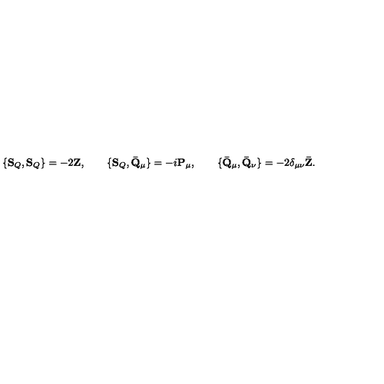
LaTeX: \{ \mathbf { S } _ { Q } , \mathbf { S } _ { Q } \} = - 2 \mathbf { Z } , \qquad \{ \mathbf { S } _ { Q } , \mathbf { \bar { Q } } _ { \mu } \} = - i \mathbf { P } _ { \mu } , \qquad \{ \mathbf { \bar { Q } } _ { \mu } , \mathbf { \bar { Q } } _ { \nu } \} = - 2 \delta _ { \mu \nu } \mathbf { \bar { Z } } .